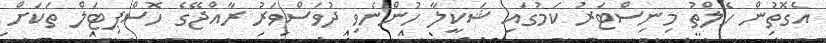
އެގޮތުން ހެލްތު މިނިސްޓަރު ކަމުގައި ޝަކީލާ ހުންނެވި ދުވަސްވަރު ރާއްޖޭގެ ހޮސްޕިޓަލް ތަކަށް